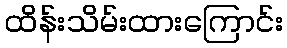
ထိန်းသိမ်းထားကြောင်း